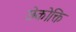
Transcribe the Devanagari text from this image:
छेकोक्ति